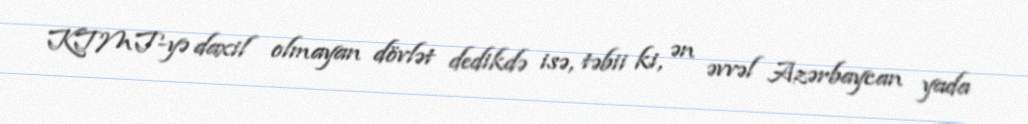
KTMT-yə daxil olmayan dövlət dedikdə isə, təbii ki, ən əvvəl Azərbaycan yada